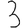
Digit: 3